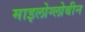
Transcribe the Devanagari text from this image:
माइलोग्लोबीन